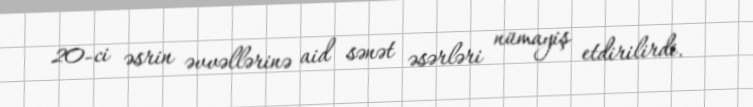
20-ci əsrin əvvəllərinə aid sənət əsərləri nümayiş etdirilirdi.